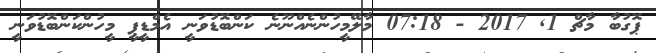
ޕޮގުބާ މާޗް 1